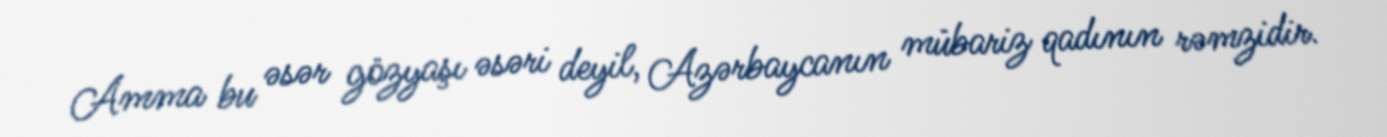
Amma bu əsər gözyaşı əsəri deyil, Azərbaycanın mübariz qadının rəmzidir.